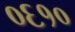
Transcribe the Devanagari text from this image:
०६१०